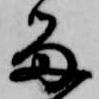
留